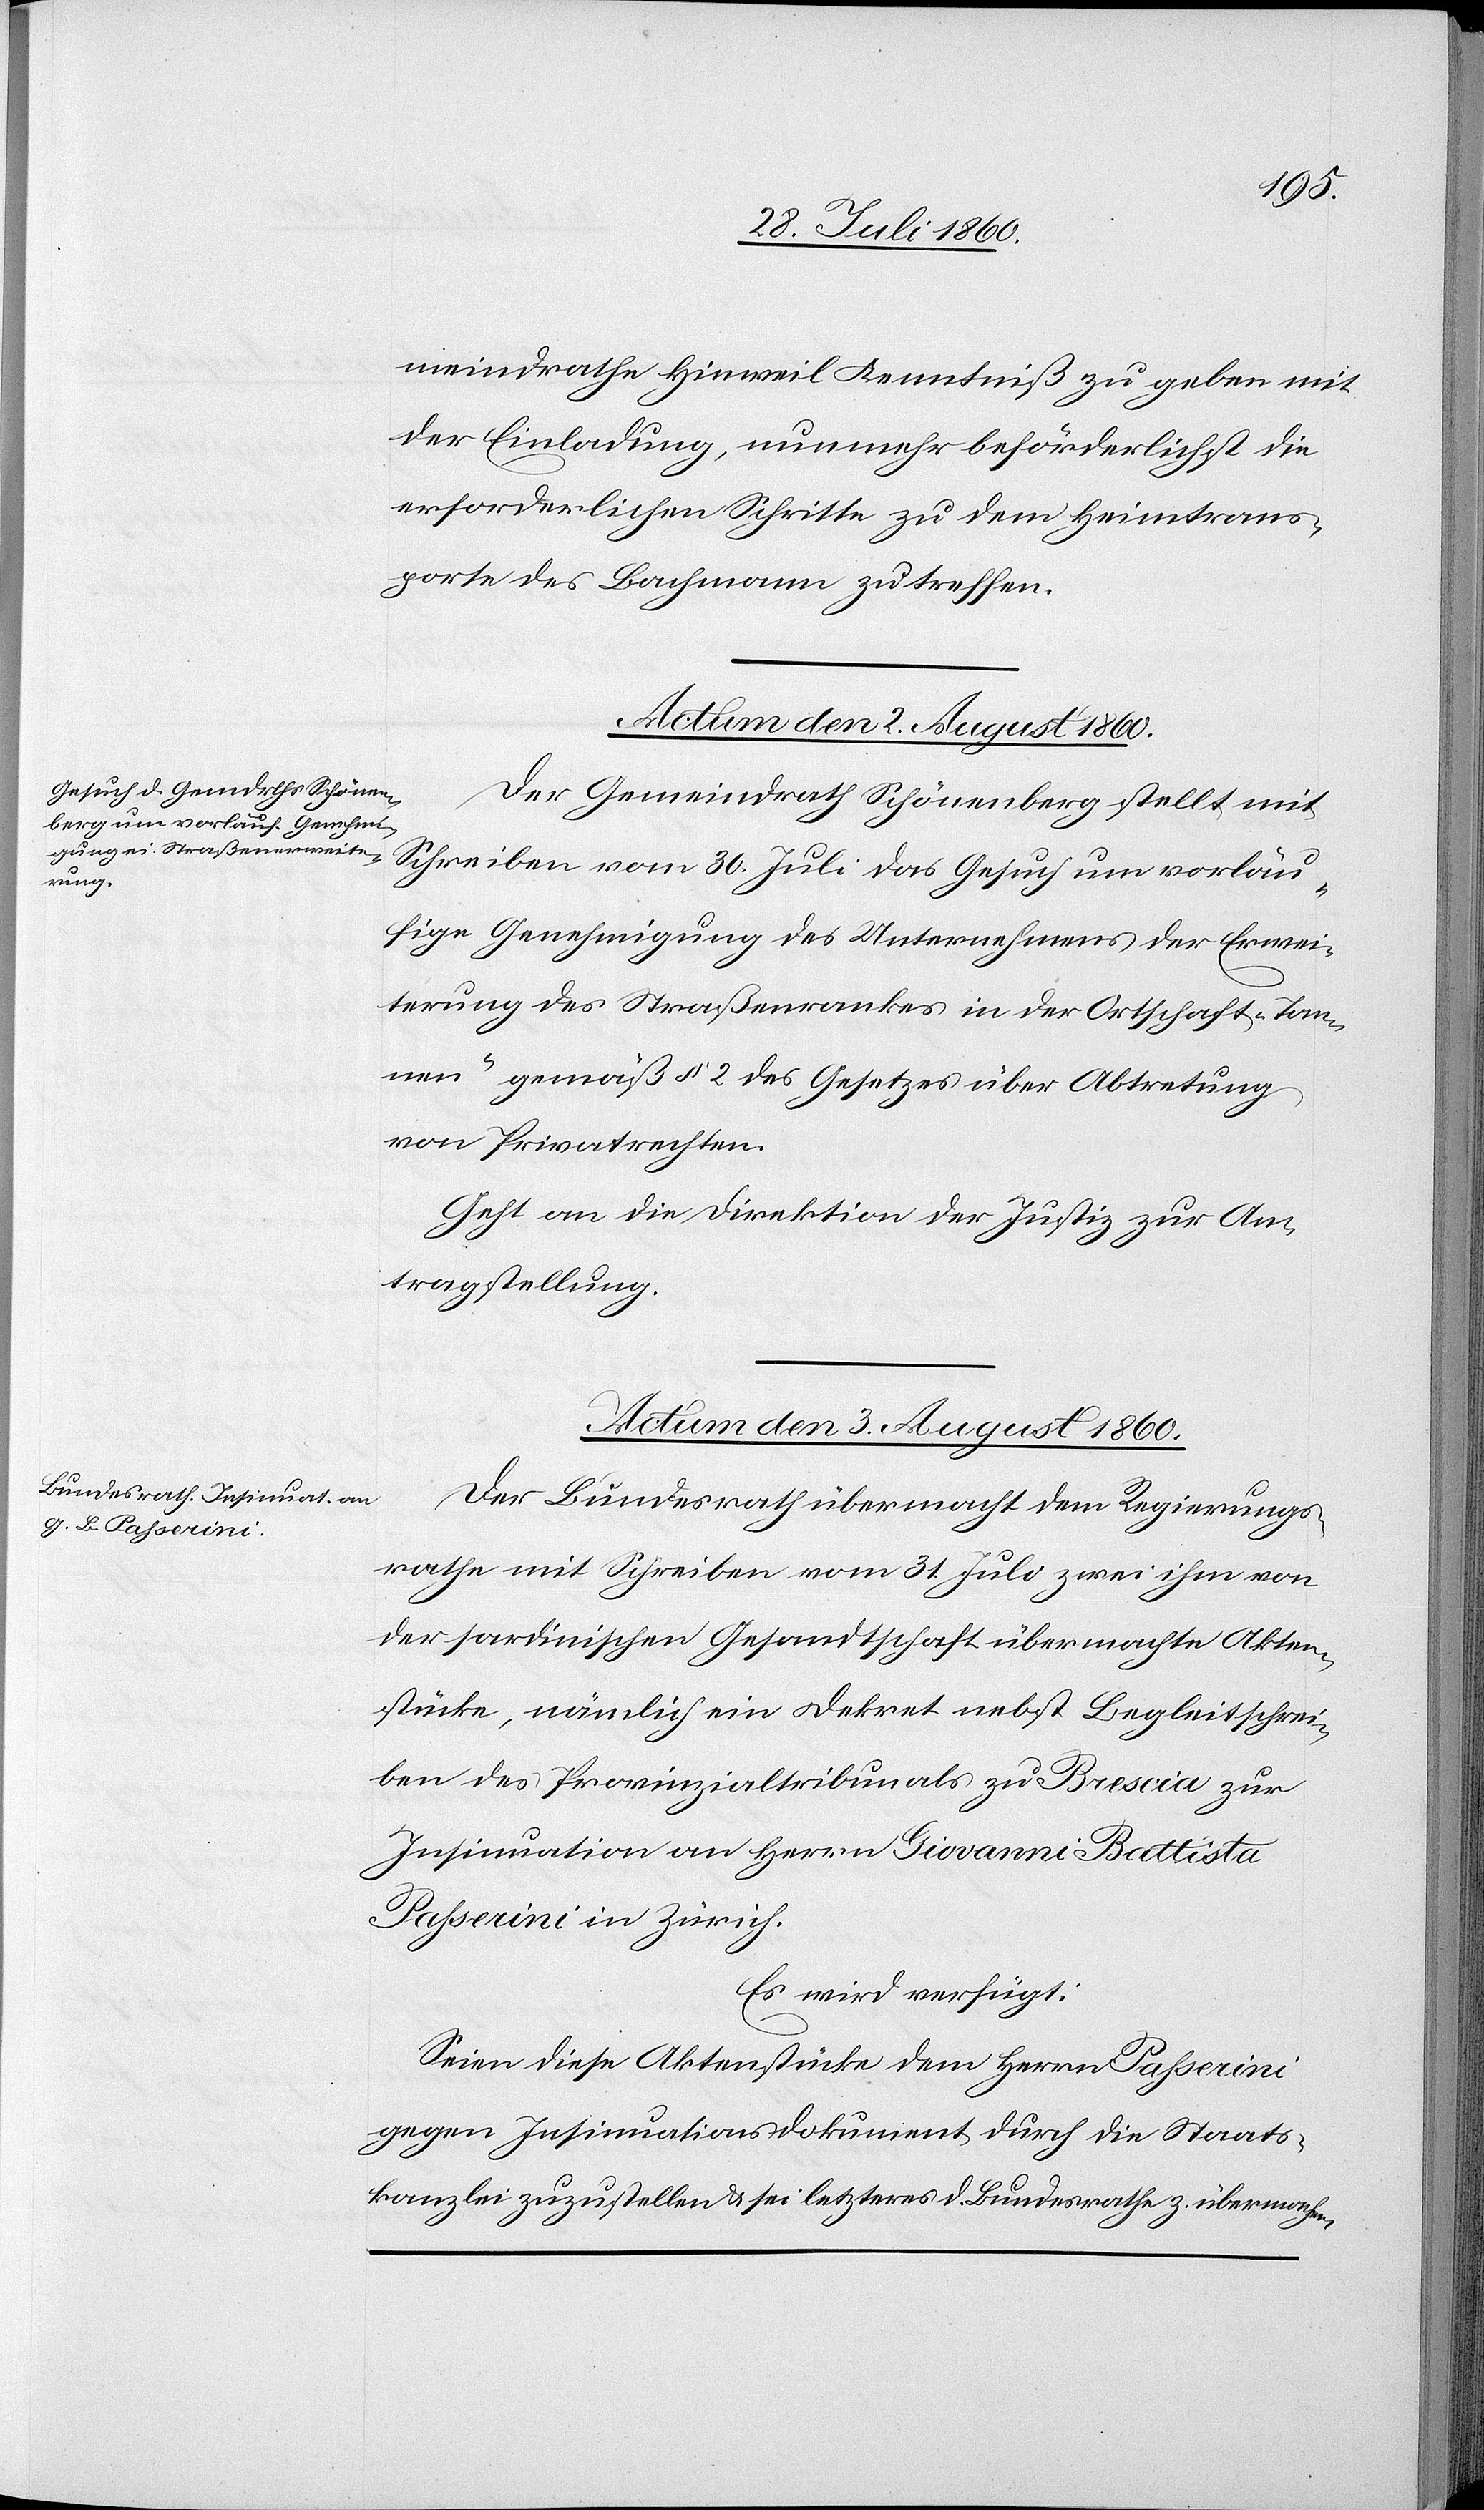
meindrathe Hinweil Kenntniss zu geben, mit
der Einladung, nunmehr beförderlichst die
erforderlichen Schritte zu dem Heimtrans¬
port des Bachmann zu treffen.
Actum den 2. August 60.
Der Gemeindrath Schönenberg stellt mit
Zuschrift vom 30. Juli das Gesuch um vorläu¬
fige Genehmigung des Unternehmens der Erwei¬
terung des Straßenrankes in der Ortschaft „Tan¬
nen“ gemäß §. 2 des Gesetzes über Abtretung
von Privatrechten.
Geht an die Direktion der Justiz zur An¬
tragstellung.
Actum den 3. August 1860.
Der Bundesrath übermacht dem Regierungs¬
rathe mit Schreiben vom 31. Juli zwei ihm von
der sardinischen Gesandtschaft übermachte Akten¬
stücke, nämlich ein Dekret nebst Begleitschrei¬
ben des Provinzialtribunals zu Brescia zur
Insinuation an Herrn Giovanni Battista
Passarini in Zürich.
Es wird verfügt.
Seien diese Aktenstücke dem Passarini
gegen Insinuationsdokument durch die Staats¬
kanzlei zuzustellen u. sei sodann das Insinuationsdokument dem Bundesrathe zu übermachen.